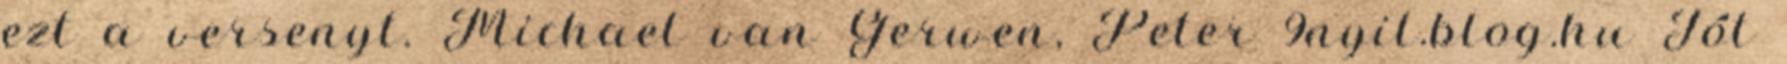
ezt a versenyt. Michael van Gerwen, Peter 9nyil.blog.hu Jót